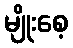
မျိုးစေ့